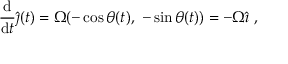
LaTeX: { \frac { \mathrm { d } } { \mathrm { d } t } } { \hat { \boldsymbol { \jmath } } } ( t ) = \Omega ( - \cos \theta ( t ) , \ - \sin \theta ( t ) ) = - \Omega { \hat { \boldsymbol { \imath } } } \ ,